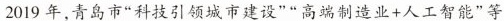
2019年，青岛市”科技引领城市建设””高端制造业+人工智能”等